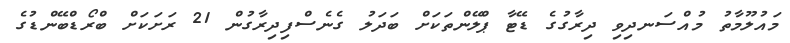
މައުލޫމާތު މުއްސަނދިވި ދިރާގުގެ ޑޭޓާ ޕްލޭންތަކަށް ބަދަލު ގެނެސްފިދިރާގުން 21 ރަށަކަށް ބްރޯޑްބޭންޑުގެ